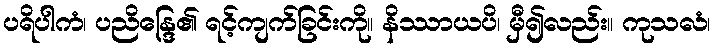
ပရိပါကံ၊ ပညိန္ဒြေ၏ ရင့်ကျက်ခြင်းကို။ နိဿာယပိ၊ မှီ၍လည်း။ ကုသလံ၊